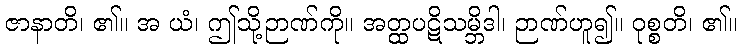
ဇာနာတိ၊ ၏။ အ ယံ၊ ဤသို့ဉာဏ်ကို။ အတ္ထပဋိသမ္ဘိဒါ၊ ဉာဏ်ဟူ၍။ ဝုစ္စတိ၊ ၏။